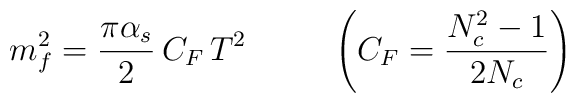
m_f^2 = \frac{\pi \alpha_s}{2} \, C_F \, T^2 \;\;\;\;\;\;\;\;\; \left( C_F = \frac{N_c^2 - 1}{2 N_c} \right)